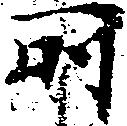
所